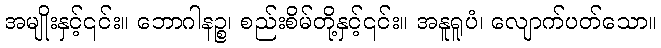
အမျိုးနှင့်၎င်း။ ဘောဂါနဉ္စ၊ စည်းစိမ်တို့နှင့်၎င်း။ အနူရူပံ၊ လျောက်ပတ်သော။